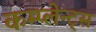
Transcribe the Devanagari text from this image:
कम्प्लेन्ट्स